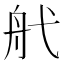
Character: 𦨒